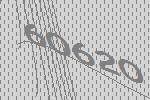
60620